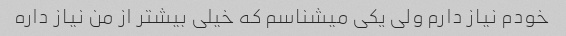
خودم نیاز دارم ولی یکی میشناسم که خیلی بیشتر از من نیاز داره